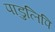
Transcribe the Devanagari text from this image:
पाडुलिपि